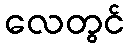
လေတွင်